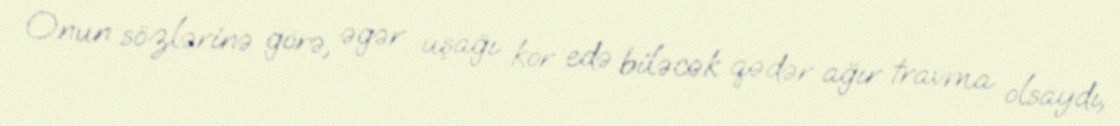
Onun sözlərinə görə, əgər uşağı kor edə biləcək qədər ağır travma olsaydı,